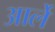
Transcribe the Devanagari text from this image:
आर्ले